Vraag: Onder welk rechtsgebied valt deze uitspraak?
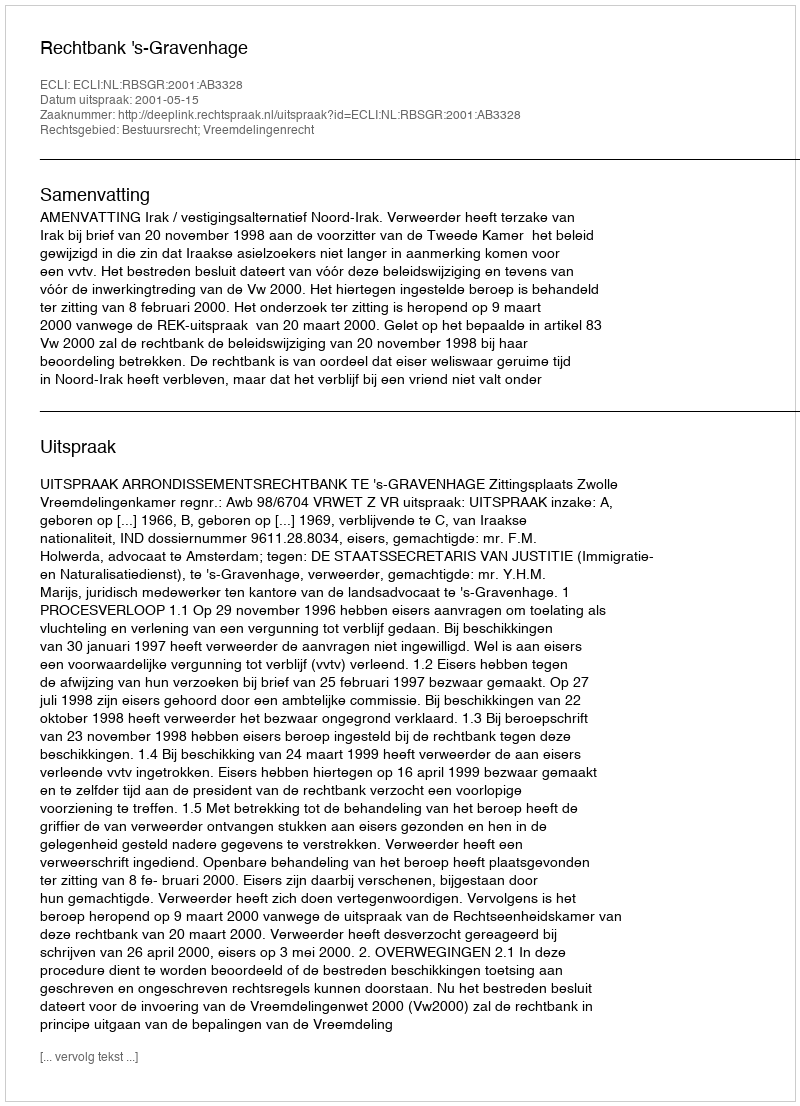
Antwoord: Bestuursrecht; Vreemdelingenrecht